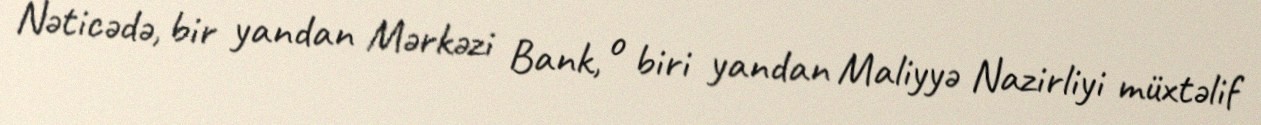
Nəticədə, bir yandan Mərkəzi Bank, o biri yandan Maliyyə Nazirliyi müxtəlif